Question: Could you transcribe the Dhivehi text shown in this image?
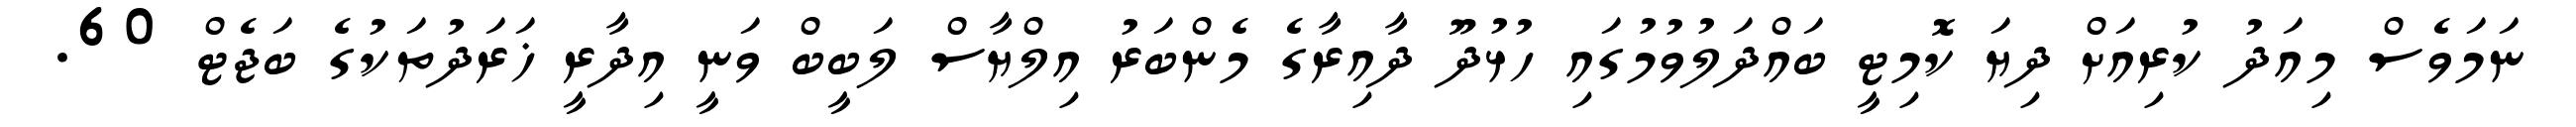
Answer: ނަމަވެސް މިއަދު ކުރިއަށް ދިޔަ ކޮމިޓީ ބައްދަލުވުމުގައި ހުޅުދޫ ދާއިރާގެ މެންބަރު އިލްޔާސް ލަބީބް ވަނީ އިދާރީ ޚަރަދުތަކުގެ ބަޖެޓް 60.